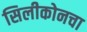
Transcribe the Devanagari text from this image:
सिलीकोनचा